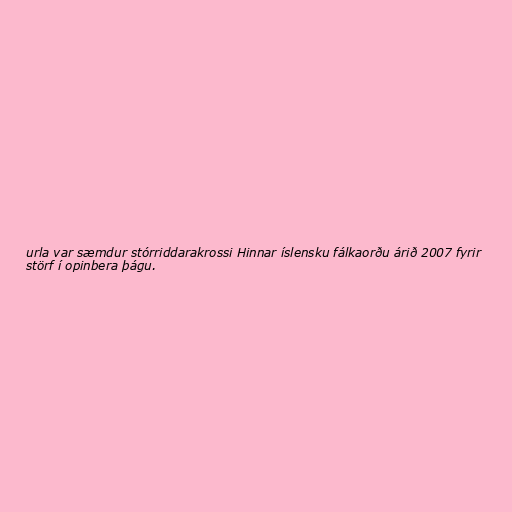
urla var sæmdur stórriddarakrossi Hinnar íslensku fálkaorðu árið 2007 fyrir
störf í opinbera þágu.